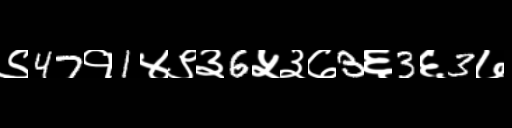
Text: ९47१1४९३6५३७3६3६3७